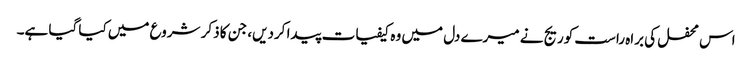
اس محفل کی براہ راست کوریج نے میرے دل میں وہ کیفیات پیدا کردیں، جن کا ذکر شروع میں کیا گیا ہے۔